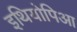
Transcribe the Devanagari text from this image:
इथियोपिआ